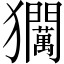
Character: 𱮰